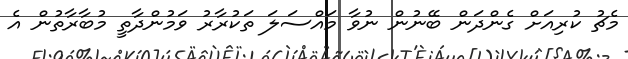
މެޗު ކުރިއަށް ގެންދަން ބޭނުން ނުވާ މައްސަލަ ތަކުރާރު ވަމުންދާތީ މުބާރާތުން އެ